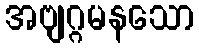
အဗျဂ္ဂမနသော